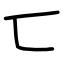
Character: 匸